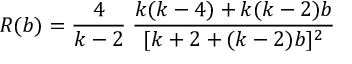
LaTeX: R ( b ) = \frac { 4 } { k - 2 } \; \frac { k ( k - 4 ) + k ( k - 2 ) b } { [ k + 2 + ( k - 2 ) b ] ^ { 2 } }